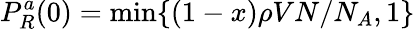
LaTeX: P_{R}^{a}(0)=\mathrm{min}\{ (1-x)\rho VN/N_{A},1\}